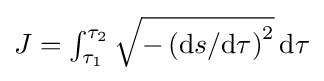
\textstyle {J=\int _{\tau _{1}}^{\tau _{2}}{\sqrt {-\left({\text{d}}s/{\text{d}}\tau \right)^{2}}}\,{\text{d}}\tau }